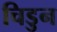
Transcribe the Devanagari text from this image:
चिडुन